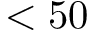
< 5 0